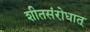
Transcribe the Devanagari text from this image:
शीतसंरोधात्